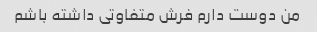
من دوست دارم فرش متفاوتی داشته باشم